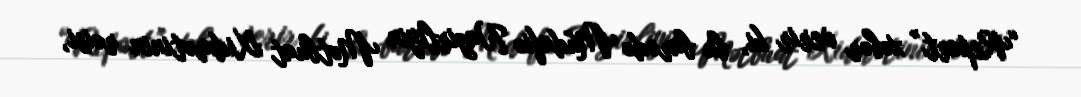
“Report” xəbər verir ki, bu barədə Müdafiə Nazirliyin Mətbuat Xidmətinin rəisi,